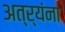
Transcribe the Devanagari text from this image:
अत्र्यंना